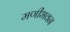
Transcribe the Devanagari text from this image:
मणीभवन